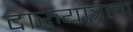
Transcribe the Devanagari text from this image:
दारुयात्रेला